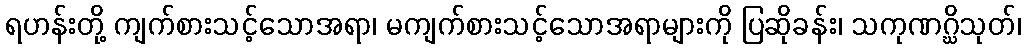
ရဟန်းတို့ ကျက်စားသင့်သောအရာ၊ မကျက်စားသင့်သောအရာများကို ပြဆိုခန်း၊ သကုဏဂ္ဃိသုတ်၊